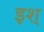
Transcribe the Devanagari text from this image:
इश्